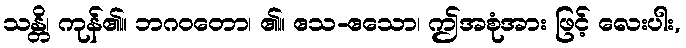
သန္တိ၊ ကုန်၏။ ဘဂဝတော၊ ၏။ ဧသ-ဧသော၊ ဤအစုံအား ဖြင့် လေးပါး,